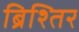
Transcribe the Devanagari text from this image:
ब्रिश्तिर